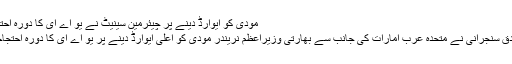
مودی کو ایوارڈ دینے پر چیئرمین سینیٹ نے یو اے ای کا دورہ احتجاجاً منسوخ کردیا -
چیئرمین سینیٹ صادق سنجرانی نے متحدہ عرب امارات کی جانب سے بھارتی وزیراعظم نریندر مودی کو اعلیٰ ایوارڈ دینے پر یو اے ای کا دورہ احتجاجاً منسوخ کردیا ہے۔